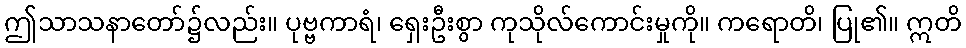
ဤသာသနာတော်၌လည်း။ ပုဗ္ဗကာရံ၊ ရှေးဦးစွာ ကုသိုလ်ကောင်းမှုကို။ ကရောတိ၊ ပြု၏။ ဣတိ